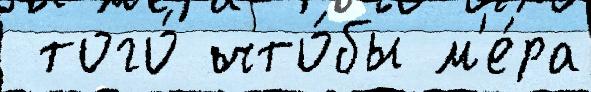
 того́ что́бы м'е́ра